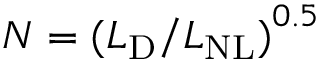
N = { ( L _ { \mathrm { D } } / L _ { \mathrm { N L } } ) } ^ { 0 . 5 }